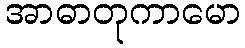
အာဓာတုကာမော